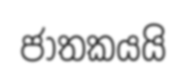
ජාතකයයි